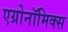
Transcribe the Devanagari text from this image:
एग्रोनॉमिक्स